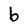
Character: b